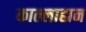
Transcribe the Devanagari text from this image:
काल्लाहान